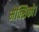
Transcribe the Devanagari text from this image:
मेक्सिको।